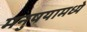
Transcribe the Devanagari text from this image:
मनुषयामध्ये